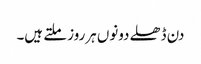
دن ڈھلے دونوں ہرروز ملتے ہیں۔